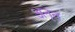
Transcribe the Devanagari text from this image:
अनृतं